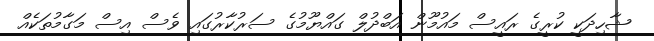
ޝާހިދަކީ ކުރީގެ ރައީސް މައުމޫން އަބްދުލް ގައްޔޫމުގެ ސަރުކާރުގައި ވެސް އިސް މަގާމުތަކެއް